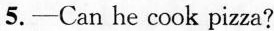
5.—Can he cook pizza?